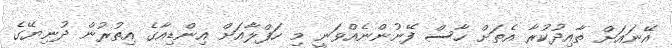
އޭނައަށް ތާއިދުކުރާ އެތަށް ހާސް ފޭނުންނެއްވަނީ މި ހަފްލާއަށް އިންޑިއާގެ އިތުރުން ދުނިޔޭގެ